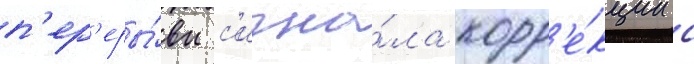
п'ер'еры́вы с'игна́ла корр'е́кции с